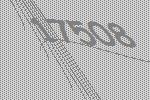
17508